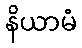
နိယာမံ